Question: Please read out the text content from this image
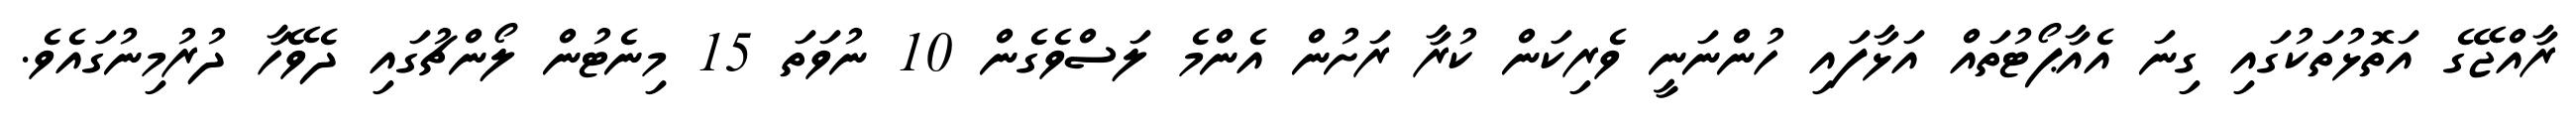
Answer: ރާއްޖޭގެ އަތޮޅުތަކުގައި ގިނަ އެއާޕޯޓުތައް އަޅާފައި ހުންނަނީ ވެރިކަން ކުރާ ރަށުން އެންމެ ލަސްވެގެން 10 ނުވަތަ 15 މިނެޓުން ލޯންޗުގައި ދެވޭހާ ދުރުމިނުގައެވެ.